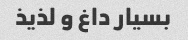
بسیار داغ و لذیذ